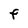
Character: F